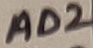
Text: AD2